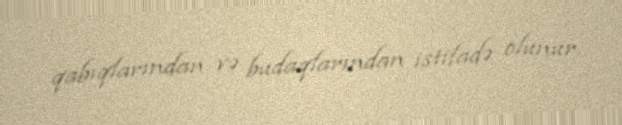
qabıqlarından və budaqlarından istifadə olunur.